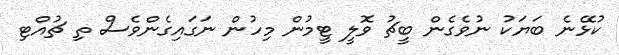
ކުޅޭނެ ބަޔަކު ނުވެގެން ބީޗު ވޮލީ ޓީމުން މިހުން ނަގައިގެންވެސް ތި ޗުއްޓި